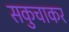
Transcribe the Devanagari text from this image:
सकुचाकर